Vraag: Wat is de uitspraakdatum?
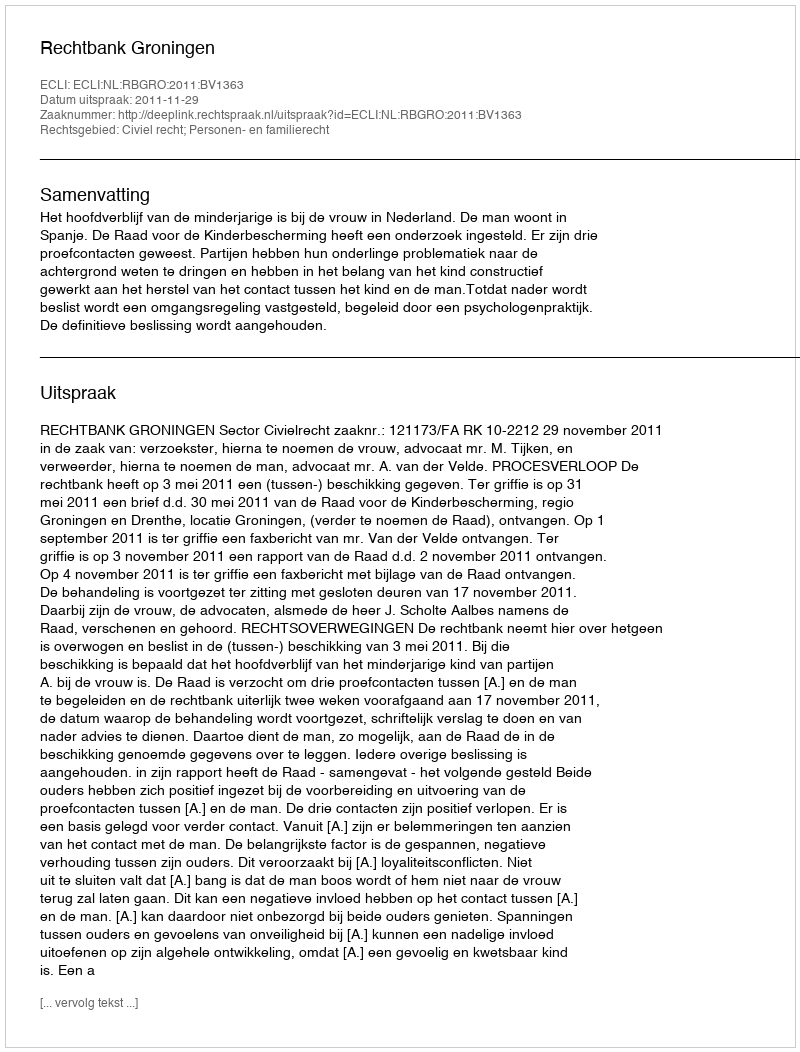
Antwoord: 2011-11-29